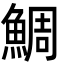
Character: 鯛